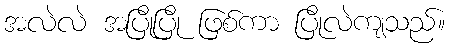
အလဲလဲ အပြိုပြို ဖြစ်ကာ ပြိုလဲကျသည်။